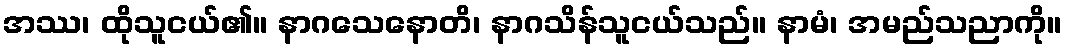
အဿ၊ ထိုသူငယ်၏။ နာဂသေနောတိ၊ နာဂသိန်သူငယ်သည်။ နာမံ၊ အမည်သညာကို။